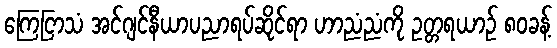
ကြေငြာသံ အင်ဂျင်နီယာပညာရပ်ဆိုင်ရာ ဟာညံညံကို ဥတ္တရယာဉ် ၈၀ခန့်